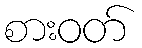
စားဝတ်